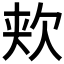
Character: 𬅢